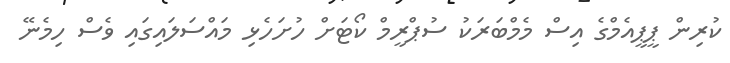
ކުރިން ޕީޕީއެމްގެ އިސް މެމްބަރަކު ސުޕްރީމް ކޯޓަށް ހުށަހެޅި މައްސަލައިގައި ވެސް ހިމެނޭ